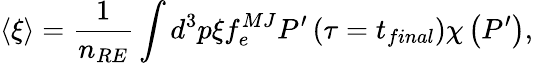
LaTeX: \left\langle\xi\right\rangle=\frac{1}{n_{RE}}\int d^{3}p\xi f_{e}^{MJ}P^{\prime}\left(\tau=t_{final}\right)\chi\left(P^{\prime}\right),